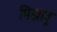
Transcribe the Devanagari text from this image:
मिझावू